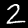
Digit: 2